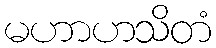
မဟာဟသိတံ